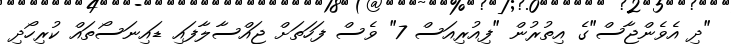
"ދި އެވެންޖާސް"ގެ އިތުރުން "ފިއުރިއަސް 7" ވެސް ފަހަތަށް ޖައްސާލާފައި ޑައިނަސޯތައް ކުރިހޯދި